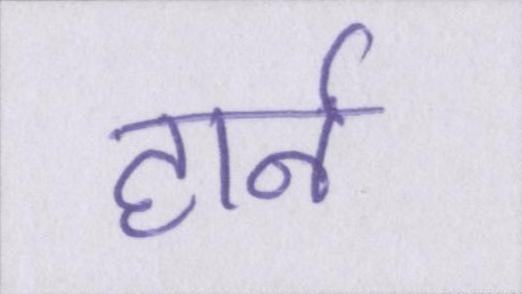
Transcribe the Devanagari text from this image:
हार्न